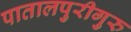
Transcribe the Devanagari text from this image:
पातालपुरीगुरु